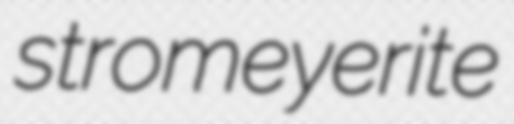
stromeyerite